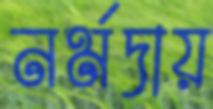
নর্মদায়